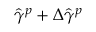
\hat { \gamma } ^ { p } + \Delta \hat { \gamma } ^ { p }